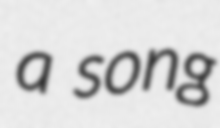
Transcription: a song